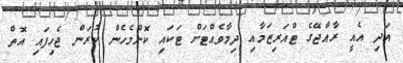
އަދި އެއީ ރާއްޖޭގެ ޓްއަރިޒަމާއި ދިމާވެއްޓަށް ޓަކައި ކޮންމެހެން ކުރަން ޖެހިފައި އޮތް